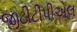
જીટીટીપીએલ